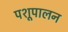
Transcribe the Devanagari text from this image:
पशूपालन